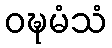
ဝဍ္ဎမံသံ